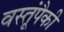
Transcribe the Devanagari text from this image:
वस्तूंपैकी